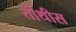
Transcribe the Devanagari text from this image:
तीथीस